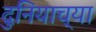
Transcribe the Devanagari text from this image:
दुनियाच्या